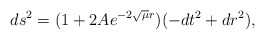
\begin{align*}ds^2 = (1 + 2 A e^{-2 \sqrt{\mu} r})(-dt^2 + dr^2),\end{align*}